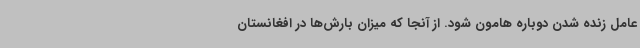
عامل زنده شدن دوباره هامون شود. از آنجا که میزان بارش‌ها در افغانستان